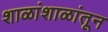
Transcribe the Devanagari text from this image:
शाळांशाळांतून